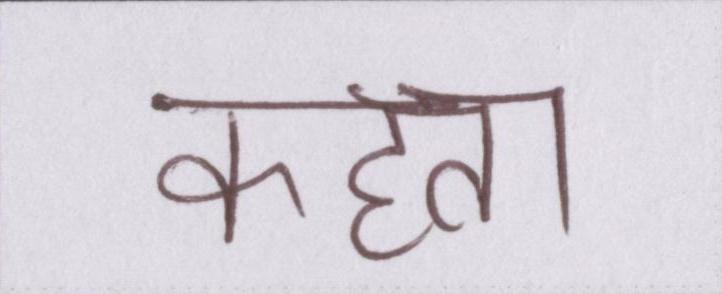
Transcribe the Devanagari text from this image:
कहता